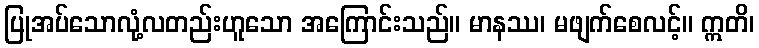
ပြုအပ်သောလုံ့လတည်းဟူသော အကြောင်းသည်။ မာနဿ၊ မဖျက်စေလင့်။ ဣတိ၊